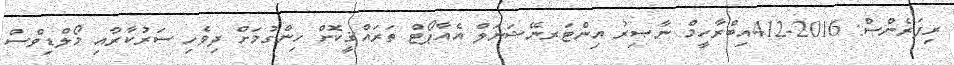
ރިފަރެންސް: 2016-412އިބްރާހީމް ނާޞިރު އިންޓަރނޭޝަނަލް އެއާޕޯޓް ތަރައްޤީކޮށް ހިންގުމަށް ދިވެހި ސަރުކާރާއި މޯލްޑިވްސް